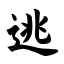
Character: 逃